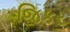
જિકર